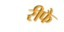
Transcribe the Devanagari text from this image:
रीफै